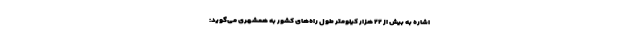
اشاره به بیش از ۲۲ هزار کیلومتر طول راه‌های کشور به همشهری می‌گوید: